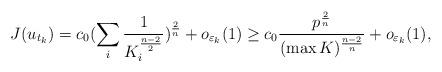
LaTeX: \begin{align*}J(u_{t_{k}})=c_{0}(\sum_{i}\frac{1}{K_{i}^{\frac{n-2}{2}}})^{\frac{2}{n}}+o_{\varepsilon_{k}}(1)\geq c_{0}\frac{p^{\frac{2}{n}}}{(\max K)^{\frac{n-2}{n}}}+o_{\varepsilon_{k}}(1),\end{align*}